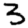
Digit: 3